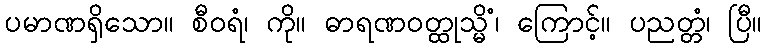
ပမာဏရှိသော။ စီဝရံ၊ ကို။ ဓာရဏဝတ္ထုသ္မိံ၊ ကြောင့်။ ပညတ္တံ၊ ပြီ။